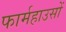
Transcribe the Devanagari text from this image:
फार्महाउसों